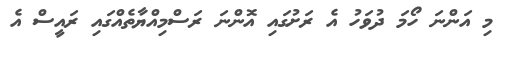
މި އަންނަ ހޯމަ ދުވަހު އެ ރަށުގައި އޮންނަ ރަސްމިއްޔާތެއްގައި ރައީސް އެ